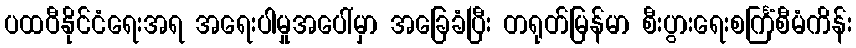
ပထဝီနိုင်ငံရေးအရ အရေးပါမှုအပေါ်မှာ အခြေခံပြီး တရုတ်မြန်မာ စီးပွားရေးစင်္ကြံစီမံကိန်း